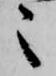
々